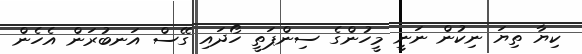
ކިޔާ ތިޔަ ނިކުން ނަނީ މީހުންގެ ސިންޕަތީ ހޯދައި ގޭސް އަނބުރަން އެހެން